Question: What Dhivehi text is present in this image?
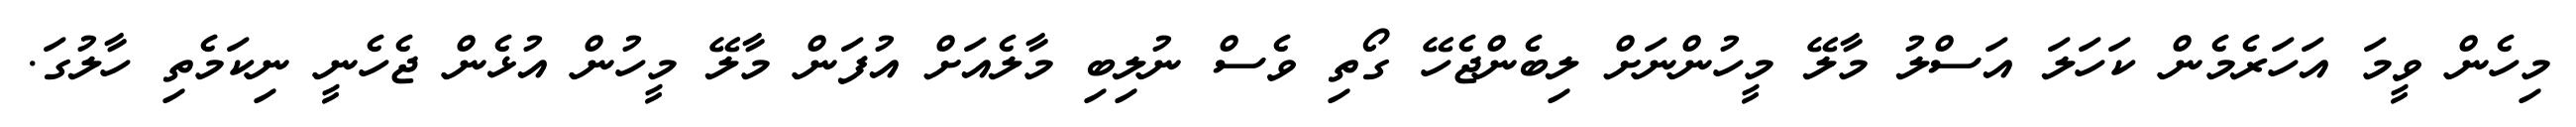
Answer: މިހެން ވީމަ އަހަރެމެން ކަހަލަ އަސްލު މާލޭ މީހުންނަށް ލިބެންޖެހޭ ގޯތި ވެސް ނުލިބި މާލެއަށް އުފަން މާލޭ މީހުން އުޅެން ޖެހެނީ ނިކަމެތި ހާލުގަ.